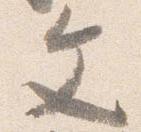
文